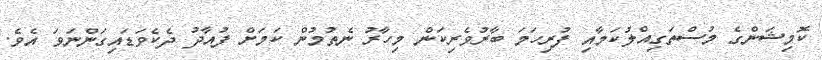
ކޮމިޝަންގެ މުސްތަގިއްލުކަމާއި ފުރިހަމަ ބާރުވެރިކަން މިހާރު ނެތުމުން ކަމަށް ފުއާދު ދެކެވަޑައިގަންނަވަ އެވެ.